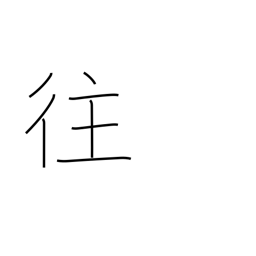
Meaning: journey